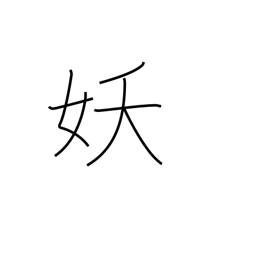
Meaning: bewitching